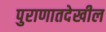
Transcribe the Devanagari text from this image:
पुराणातदेखील